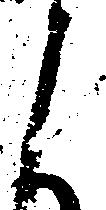
よ